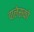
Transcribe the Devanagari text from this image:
वालेसको